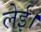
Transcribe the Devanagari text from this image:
लेई।